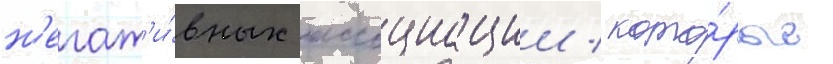
н'егат'и́вных ассоциации / кото́рые